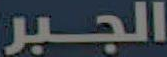
الجبر